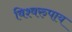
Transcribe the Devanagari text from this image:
विश्वरुपाय